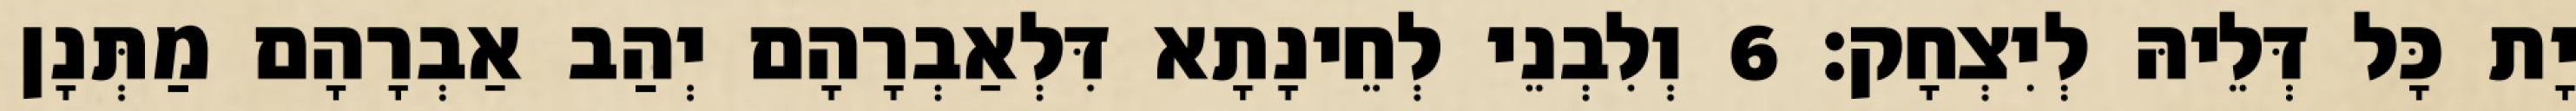
יָת כָּל דְּלֵיהּ לְיִצְחָק׃ 6 וְלִבְנֵי לְחֵינָתָא דִּלְאַבְרָהָם יְהַב אַבְרָהָם מַתְּנָן